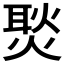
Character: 𭵢